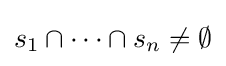
s_{1}\cap \cdots \cap s_{n}\neq \emptyset